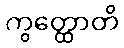
ကွတ္ထောတိ